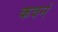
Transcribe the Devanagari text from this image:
कवनं